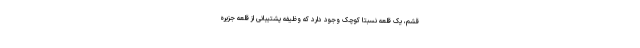
قشم، یک قلعه نسبتا کوچک وجود دارد که وظیفه پشتیبانی از قلعه جزیره